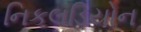
નિકલડિયોન